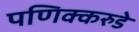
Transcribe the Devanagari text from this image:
पणिक्करुडे